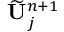
\widetilde { \mathbf { U } } _ { j } ^ { n + 1 }